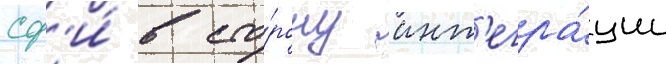
сф'и́ в сто́рону инт'егра́ции